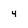
Character: 4